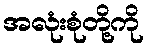
အလုံးစုံတို့ကို